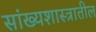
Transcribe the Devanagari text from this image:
सांख्यशास्त्रातील